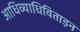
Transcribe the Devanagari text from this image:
आधिव्याधिविताड़न